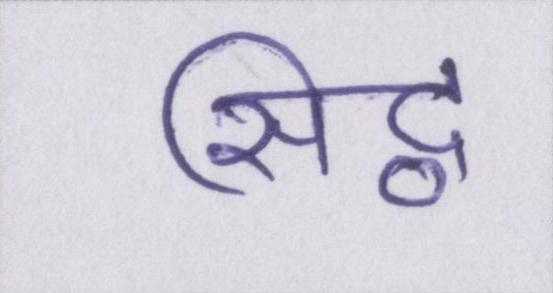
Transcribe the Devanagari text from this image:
सिद्व